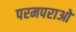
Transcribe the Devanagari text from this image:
परमपराओ